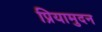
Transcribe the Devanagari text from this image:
प्रियामुदन